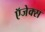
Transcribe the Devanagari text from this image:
ऍजेक्स